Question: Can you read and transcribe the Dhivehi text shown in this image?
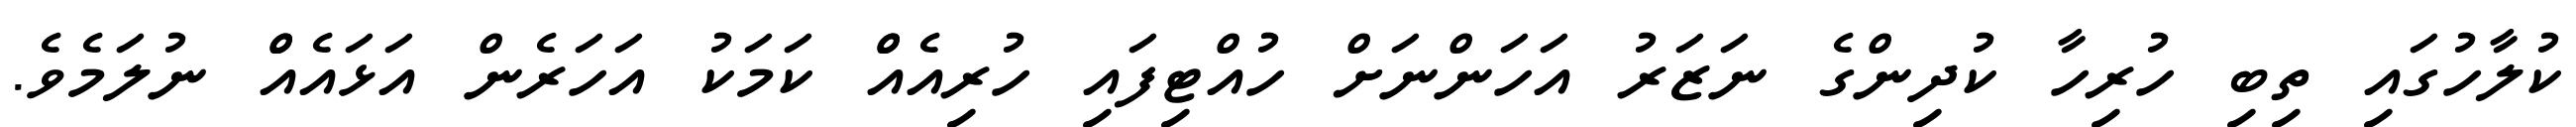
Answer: ކުލާހުގައި ތިބި ހުރިހާ ކުދިންގެ ނަޒަރު އަހަންނަށް ހުއްޓިފައި ހުރިއެއްް ކަމަކު އަހަރެން އަޅައެއްް ނުލަމެވެ.